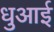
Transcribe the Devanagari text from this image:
धुआई